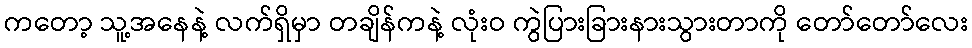
ကတော့ သူ့အနေနဲ့ လက်ရှိမှာ တချိန်ကနဲ့ လုံးဝ ကွဲပြားခြားနားသွားတာကို တော်တော်လေး